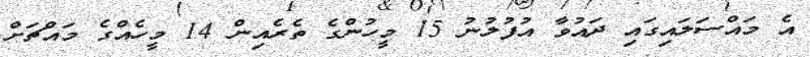
އެ މައްސަލައިގައި ދައުވާ އުފުލުނު 15 މީހުންގެ ތެރެއިން 14 މީހެއްގެ މައްޗަށް